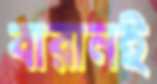
বারানই